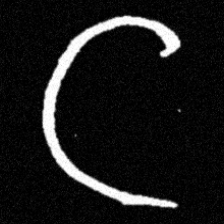
Pyu character \u2014 Myanmar letter: ဋ (romanized: tta)